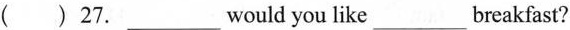
()27. ___would you like___breakfast?